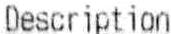
DESCRIPTION